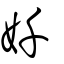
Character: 奷